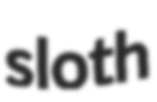
sloth